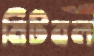
মিটবল